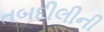
તબદીલીની